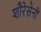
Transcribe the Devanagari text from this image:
शौरेसेनी